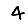
Digit: 4